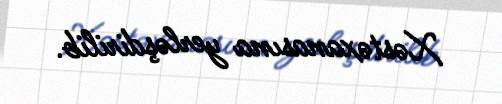
Xəstəxanasına yerləşdirilib.